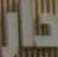
دار